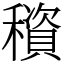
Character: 䆅